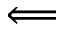
\Longleftarrow